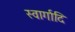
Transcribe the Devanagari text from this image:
स्वार्गादि